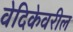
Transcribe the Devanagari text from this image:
वेदिकेवरील